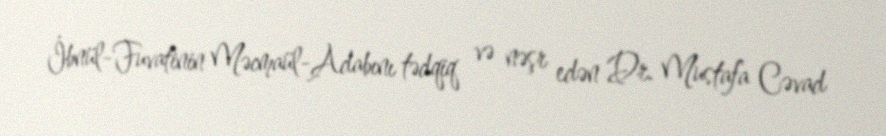
İbnül-Fuvatinin Məcmaül-Adabını tədqiq və nəşr edən Dr. Mustafa Cəvad